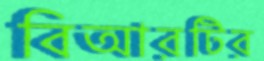
বিআরটির